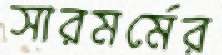
সারমর্মের